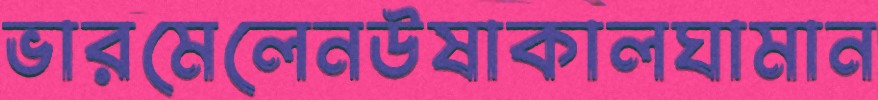
ভারমেলেনউষাকালঘামান